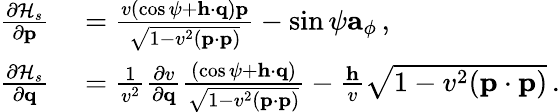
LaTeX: \begin{array}{rl}{\frac{\partial{\cal H}_{s}}{\partial{\mathbf p}}}&{{}=\frac{v\left(\cos\psi+{\mathbf h}\cdot\mathbf{q}\right){\mathbf p}}{\sqrt{1-v^{2}({\mathbf p}\cdot{\mathbf p})}}-\sin\psi{\mathbf a}_{\phi}\, ,}\\ {\frac{\partial{\cal H}_{s}}{\partial{\mathbf q}}}&{{}=\frac{1}{v^{2}}\frac{\partial v}{\partial{\mathbf q}}\frac{\left(\cos\psi+{\mathbf h}\cdot\mathbf{q}\right)}{\sqrt{1-v^{2}({\mathbf p}\cdot{\mathbf p})}}-\frac{{\mathbf h}}{v}\sqrt{1-v^{2}({\mathbf p}\cdot{\mathbf p})}\, .}\end{array}